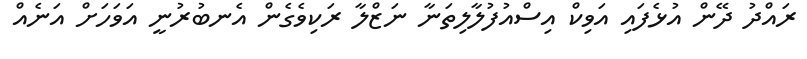
ރައްދު ދޭން އުޅެފައި އަވިކް އިސްއުފުލާލިތަނާ ނަޒްލާ ރަކިވެގެން އެނބުރުނީ އަވަހަށް އަނެއް